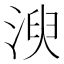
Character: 㳛